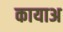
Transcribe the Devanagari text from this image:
कायाअ